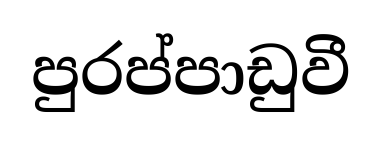
පුරප්පාඩුවී